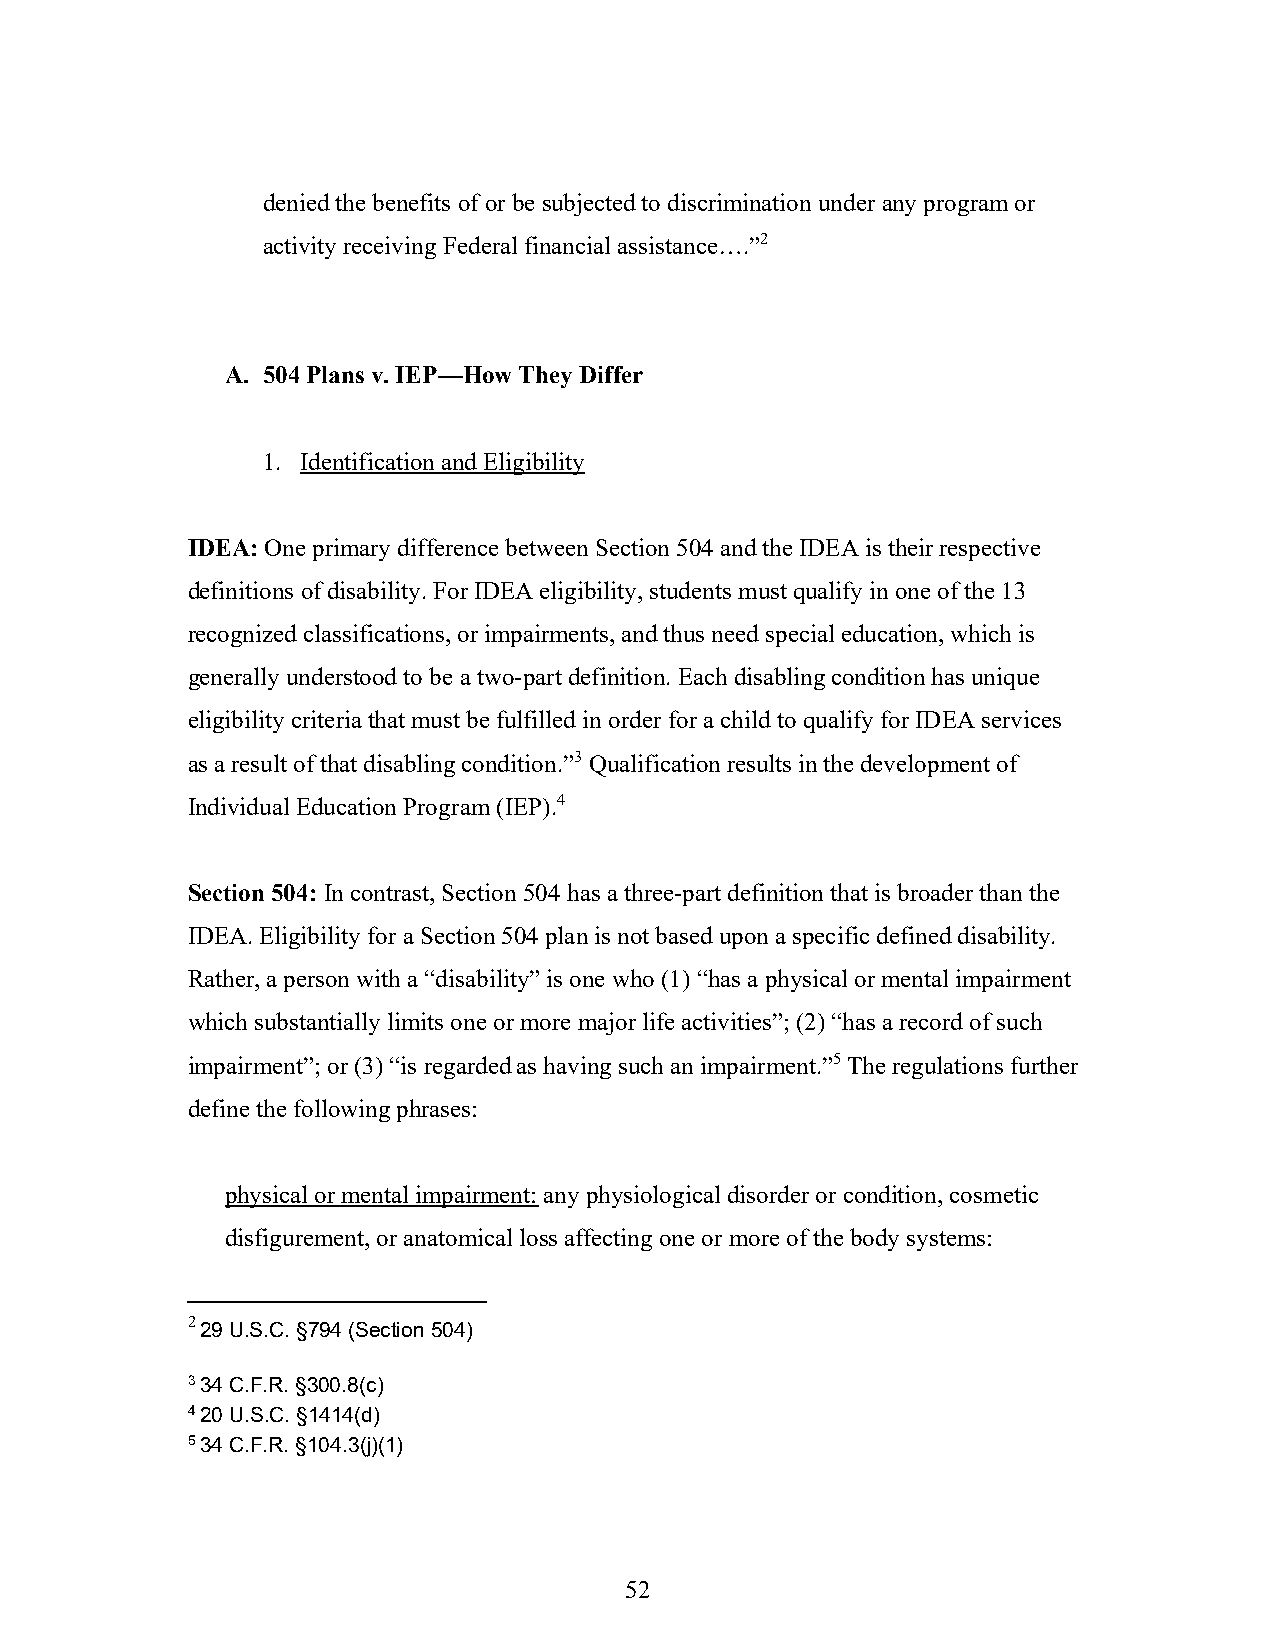
denied the benefits of or be subjected to discrimination under any program or
 activity receiving Federal financial assistance….”2
 A. 504 Plans v. IEP—How They Differ
 1. Identification and Eligibility
 IDEA: One primary difference between Section 504 and the IDEA is their respective
 definitions of disability. For IDEA eligibility, students must qualify in one of the 13
 recognized classifications, or impairments, and thus need special education, which is
 generally understood to be a two-part definition. Each disabling condition has unique
 eligibility criteria that must be fulfilled in order for a child to qualify for IDEA services
 as a result of that disabling condition.”3 Qualification results in the development of
 Individual Education Program (IEP).4
 Section 504: In contrast, Section 504 has a three-part definition that is broader than the
 IDEA. Eligibility for a Section 504 plan is not based upon a specific defined disability.
 Rather, a person with a “disability” is one who (1) “has a physical or mental impairment
 which substantially limits one or more major life activities”; (2) “has a record of such
 impairment”; or (3) “is regarded as having such an impairment.”5 The regulations further
 define the following phrases:
 physical or mental impairment: any physiological disorder or condition, cosmetic
 disfigurement, or anatomical loss affecting one or more of the body systems:
 2 29 U.S.C. §794 (Section 504)
 3 34 C.F.R. §300.8(c)
 4 20 U.S.C. §1414(d)
 5 34 C.F.R. §104.3(j)(1)
 52